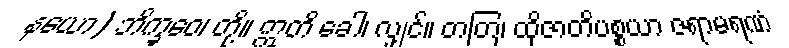
နယော) ဘိက္ခဝေ၊ တို့။ ဣတိ ခေါ၊ လျှင်။ တတြ၊ ထိုဇာတိပစ္စယာ ဇရာမရဏံ